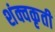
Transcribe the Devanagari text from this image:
शंक्वकृती